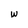
Character: w